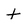
Character: t